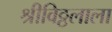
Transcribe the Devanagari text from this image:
श्रीविठ्ठलाला